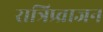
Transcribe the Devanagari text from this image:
रात्रिप्र्व्राजन